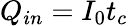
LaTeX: Q_{in}=I_{0}t_{c}